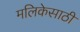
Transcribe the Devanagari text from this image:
मलिकेसाठी